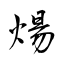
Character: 煬